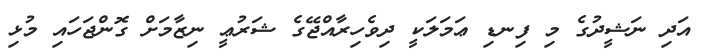
އަދި ނަޝީދުގެ މި ފިނޑި ޢަމަލަކީ ދިވެހިރާއްޖޭގެ ޝަރުޢީ ނިޒާމަށް ގޮންޖަހައި މުޅި